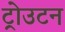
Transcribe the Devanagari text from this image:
ट्रोउटन